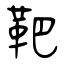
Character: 靶